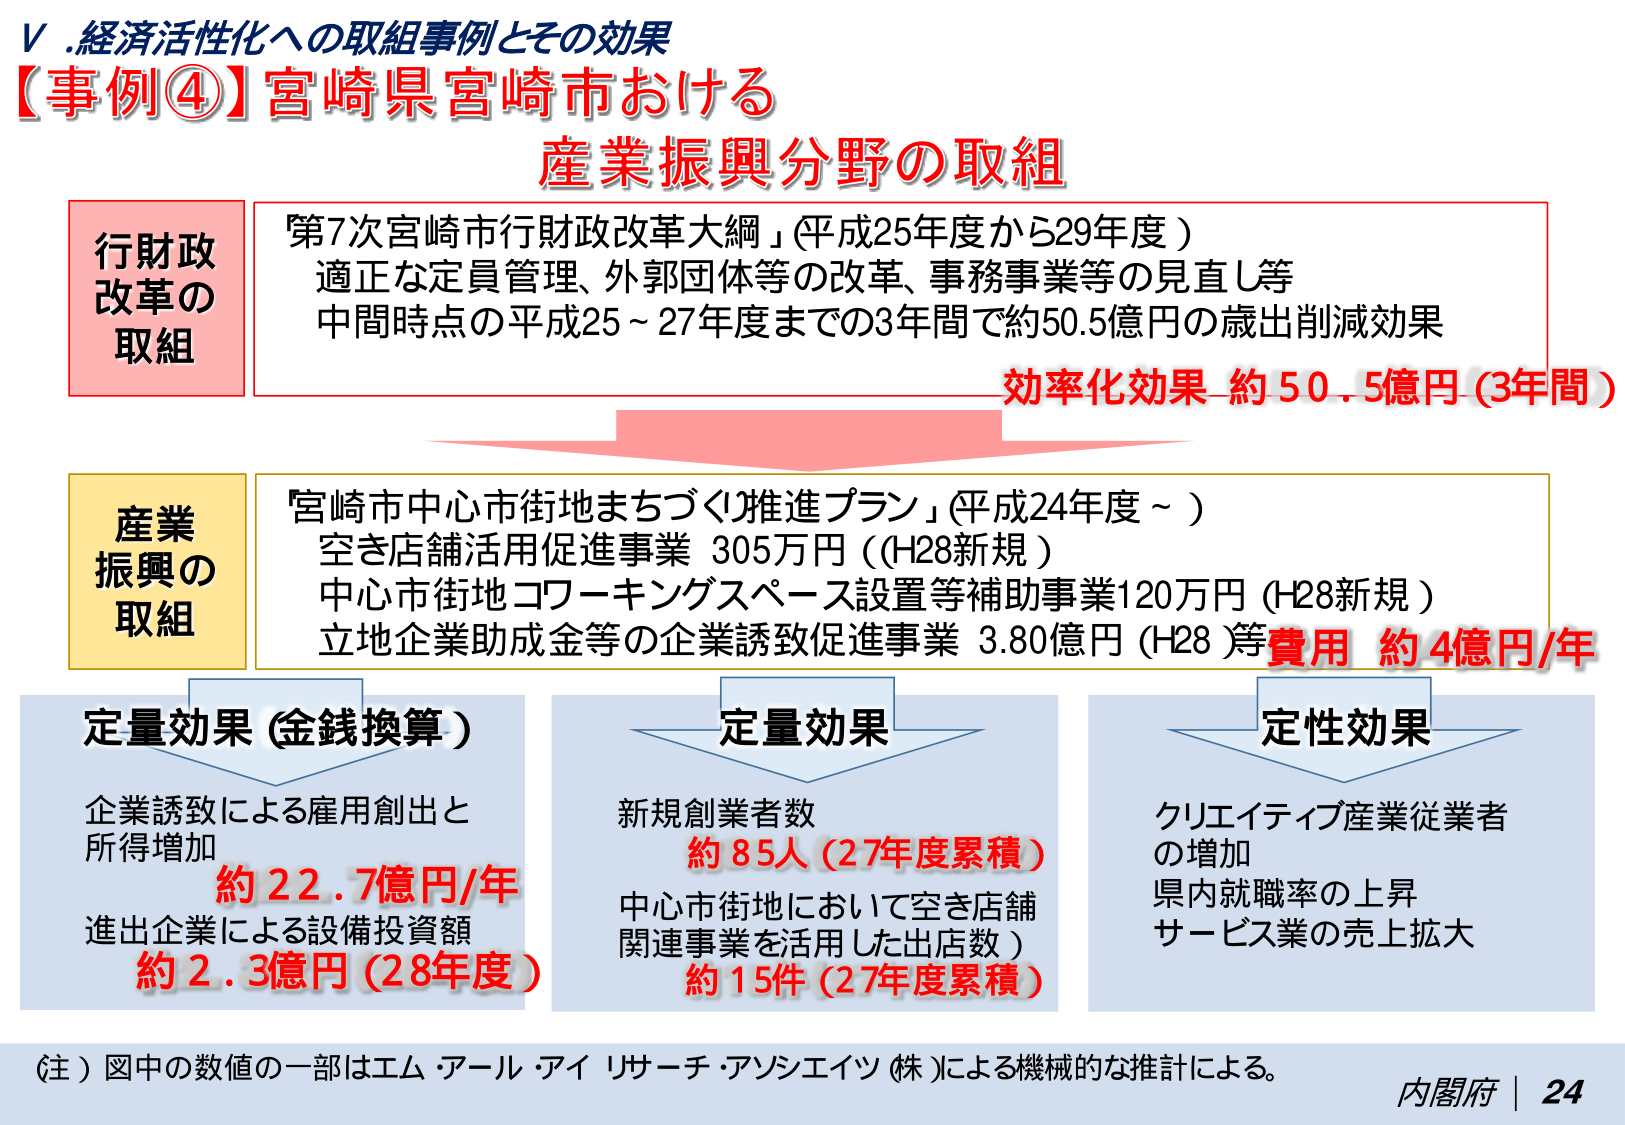
Ⅴ.経済活性化への取組事例とその効果
【事例④】宮崎県宮崎市おける
産業振興分野の取組

行財政改革の取組
「第7次宮崎市行財政改革大綱」（平成25年度から29年度）
適正な定員管理、外郭団体等の改革、事務事業等の見直し等
中間時点の平成25～27年度までの3年間で約50.5億円の歳出削減効果
効率化効果 約50.5億円（3年間）

産業振興の取組
「宮崎市中心市街地まちづくり推進プラン」（平成24年度～）
空き店舗活用促進事業 305万円（H28新規）
中心市街地コワーキングスペース設置等補助事業120万円（H28新規）
立地企業助成金等の企業誘致促進事業 3.80億円（H28）等 費用 約4億円/年

定量効果（金銭換算）
企業誘致による雇用創出と所得増加
約22.7億円/年
進出企業による設備投資額
約2.3億円（28年度）

定量効果
新規創業者数
約85人（27年度累積）
中心市街地において空き店舗関連事業を活用した出店数）
約15件（27年度累積）

定性効果
クリエイティブ産業従業者の増加
県内就職率の上昇
サービス業の売上拡大

（注）図中の数値の一部はエム・アール・アイ リサーチ・アンシエイツ（株）による機械的な推計による。
内閣府 | 24